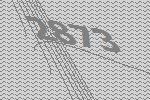
2873